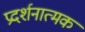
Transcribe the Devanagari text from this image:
प्रदर्शनात्‍मक